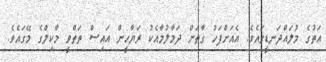
އަތުގެ މުލައްދަނޑީގައެވެ. އެއަށްފަހު ގާތަށް ދަމާލުމާއެކު ރަޔާހީން އައިސް ތަތްވީ މާކިލްގެ މޭގައެވެ.